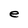
Character: e